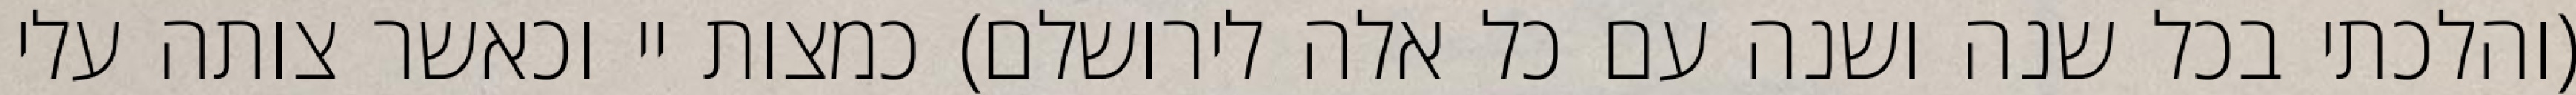
(והלכתי בכל שנה ושנה עם כל אלה לירושלם) כמצות יי וכאשר צותה עלי